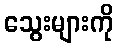
သွေးများကို